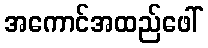
အကောင်အထည်ဖေါ်